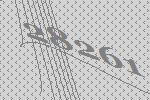
28261